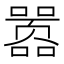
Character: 嚣